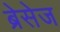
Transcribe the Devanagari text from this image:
ब्रेसेज